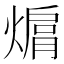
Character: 𤍦